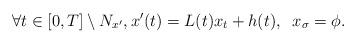
LaTeX: \begin{align*}\forall t \in [0, T] \setminus N_{x'}, x'(t) = L(t)x_t + h(t), \; \; x_{\sigma} = \phi.\end{align*}